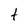
Character: t